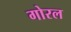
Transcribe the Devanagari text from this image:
गोरल